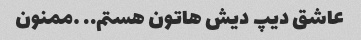
عاشق دیپ دیش هاتون هستم.. …ممنون